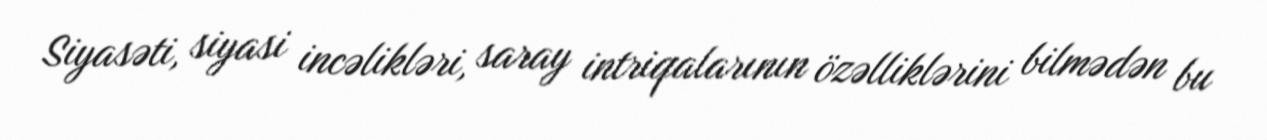
Siyasəti, siyasi incəlikləri, saray intriqalarının özəlliklərini bilmədən bu